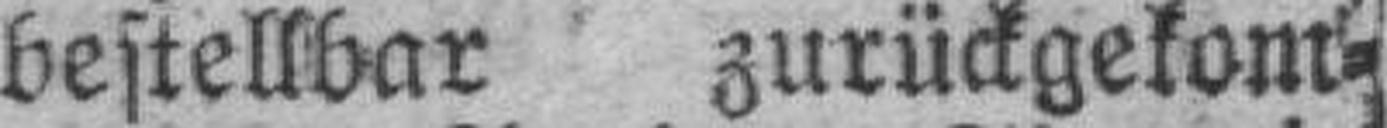
bestellbar zurückgekom¬